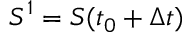
S ^ { 1 } = S ( t _ { 0 } + \Delta t )